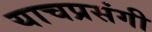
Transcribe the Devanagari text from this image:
याचप्रसंगी